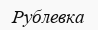
Рублевка